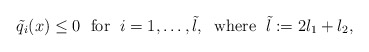
\begin{align*}\tilde q_i(x)\le 0\;\mbox{ for }\;i=1,\ldots,\tilde l,\;\mbox{ where }\;\tilde l:=2l_1+l_2,\end{align*}